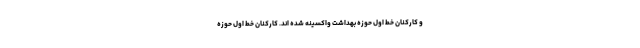
و کارکنان خط اول حوزه بهداشت واکسینه شده اند. کارکنان خط اول حوزه